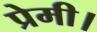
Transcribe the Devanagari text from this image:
प्रेमी।